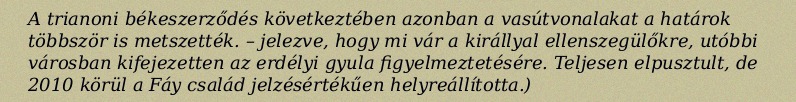
A trianoni békeszerződés következtében azonban a vasútvonalakat a határok többször is metszették. – jelezve, hogy mi vár a királlyal ellenszegülőkre, utóbbi városban kifejezetten az erdélyi gyula figyelmeztetésére. Teljesen elpusztult, de 2010 körül a Fáy család jelzésértékűen helyreállította.)